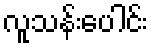
လူသန်းပေါင်း